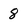
Character: 8